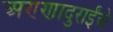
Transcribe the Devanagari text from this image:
अण्णादुराईंचे